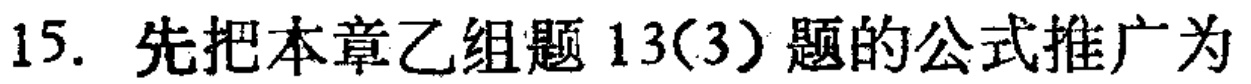
15. 先把本章乙组题13(3)题的公式推广为